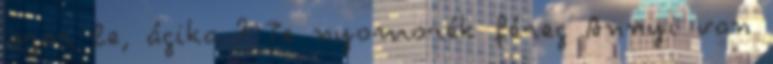
szar le, ágika ? Te nyomorék féreg Annyi van